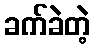
ခက်ခဲတဲ့